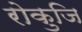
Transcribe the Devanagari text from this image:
रोकुजि